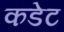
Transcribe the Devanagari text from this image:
कडेट